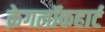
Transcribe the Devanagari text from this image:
क्रेगलॉकहार्ट